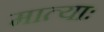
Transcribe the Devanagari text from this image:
मात्याः